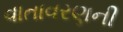
વાતાવરણની